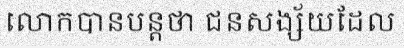
លោកបានបន្តថា ជនសង្ស័យដែល